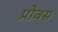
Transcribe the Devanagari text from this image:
प्रोबस